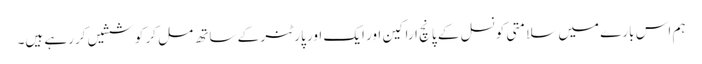
ہم اس بارے میں سلامتی کونسل کے پانچ اراکین اور ایک اور پارٹنر کے ساتھ مل کر کوششیں کررہے ہیں۔